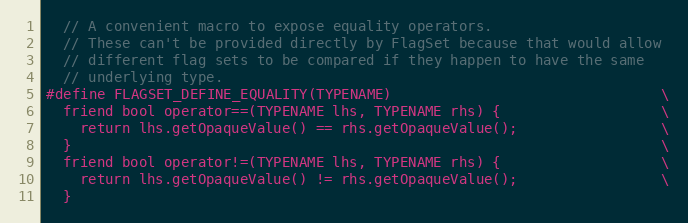
Language: C
  // A convenient macro to expose equality operators.
  // These can't be provided directly by FlagSet because that would allow
  // different flag sets to be compared if they happen to have the same
  // underlying type.
#define FLAGSET_DEFINE_EQUALITY(TYPENAME)                                \
  friend bool operator==(TYPENAME lhs, TYPENAME rhs) {                   \
    return lhs.getOpaqueValue() == rhs.getOpaqueValue();                 \
  }                                                                      \
  friend bool operator!=(TYPENAME lhs, TYPENAME rhs) {                   \
    return lhs.getOpaqueValue() != rhs.getOpaqueValue();                 \
  }